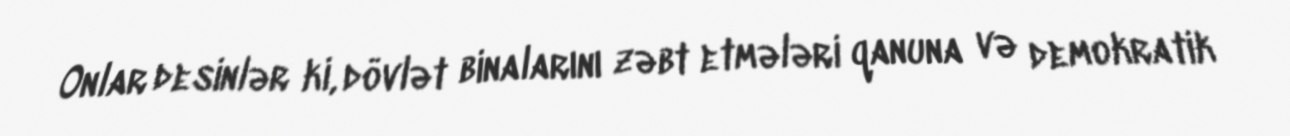
Onlar desinlər ki, dövlət binalarını zəbt etmələri qanuna və demokratik